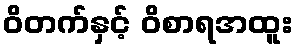
ဝိတက်နှင့် ဝိစာရအထူး